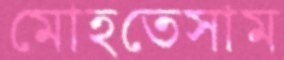
মোহতেসাম